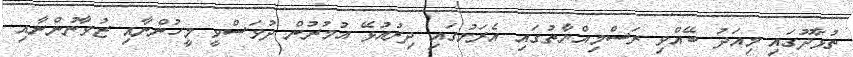
ތުޅާދޫގައި މިއަދު ބޭއްވި ރަސްމިއްޔާތުގައި އެރަށުގައި ދިރުއުޅޭ އުމުރުން ދުވަސްވީ މީހުންނާއި ޒުވާނުންނާއި